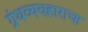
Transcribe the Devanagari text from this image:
ग्रंथव्यवहाराचा